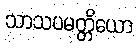
သာသပမတ္တိယော